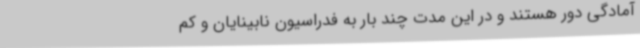
آمادگی دور هستند و در این مدت چند بار به فدراسیون نابینایان و کم